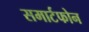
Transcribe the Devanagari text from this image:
समार्टफोन